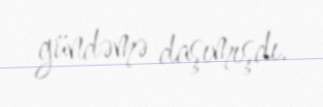
gündəmə daşımışdı.